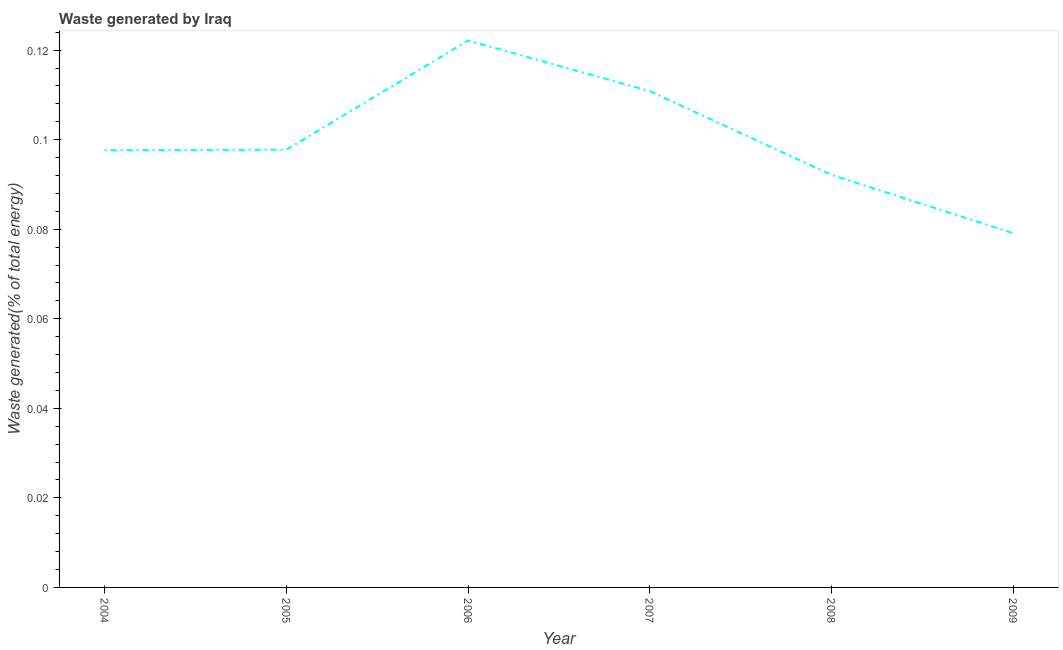
| Year | Combustible renewables and waste (% of total energy) |
 | --- | --- |
 | 2004 | 0.0977 |
 | 2005 | 0.0978 |
 | 2006 | 0.122 |
 | 2007 | 0.111 |
 | 2008 | 0.0922 |
 | 2009 | 0.0791 |